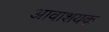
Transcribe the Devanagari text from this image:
आवाशयक